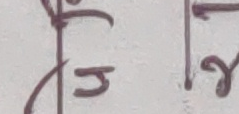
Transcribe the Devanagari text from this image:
हु